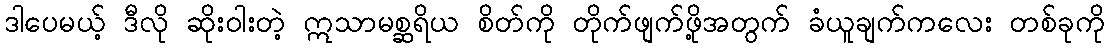
ဒါပေမယ့် ဒီလို ဆိုးဝါးတဲ့ ဣသာမစ္ဆရိယ စိတ်ကို တိုက်ဖျက်ဖို့အတွက် ခံယူချက်ကလေး တစ်ခုကို